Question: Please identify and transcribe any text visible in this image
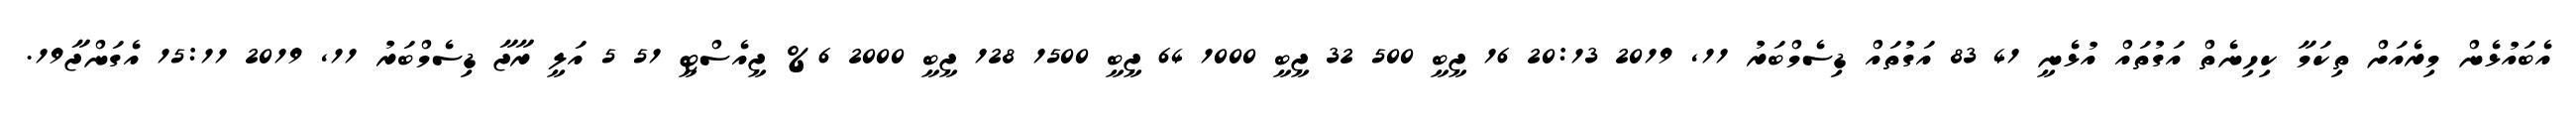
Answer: އެބައުޅެން މިރެއަށް ތިކަމާ ކިހިނެތް އަގުތައް އުޅެނީ 41 83 އަގުތައް ޑިސެމްބަރު 11, 2019 20:13 16 ޖީބީ 500 32 ޖީބީ 1000 64 ޖީބީ 1500 128 ޖީބީ 2000 6% ޖީއެސްޓީ 51 5 އަލީ ރާޖާ ޑިސެމްބަރު 11, 2019 15:11 އެގަންޖާ19.